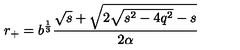
r _ { + } = b ^ { \frac 1 3 } \frac { \sqrt { s } + \sqrt { 2 \sqrt { s ^ { 2 } - 4 q ^ { 2 } } - s } } { 2 \alpha }